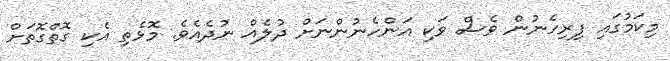
މިކަމުގައި ފިރިހެނުން ވެސް ވަކި އަންހެނުންނަށް ދުލެއް ނުދެއެވެ. މޮޅެތި އެކި ގޮތްގޮތަށް